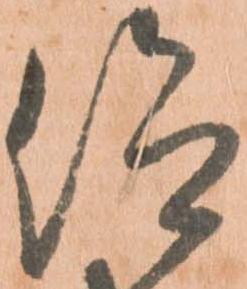
仰